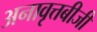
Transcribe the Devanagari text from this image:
अनावृत्तबीजी